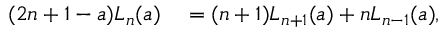
\begin{array} { r l } { ( 2 n + 1 - a ) L _ { n } ( a ) } & { { } = ( n + 1 ) L _ { n + 1 } ( a ) + n L _ { n - 1 } ( a ) , } \end{array}